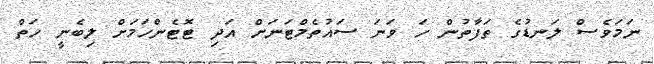
ނަމަވެސް ލަނޑުގެ ތަފާތުން ހަ ވަނަ ސައުތެމްޓަނަށް އަދި ޓޮޓެންހަމަށް ލިބެނީ ހަތް